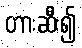
တားဆီး၍